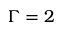
\Gamma = 2